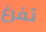
تفرغ